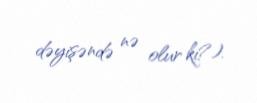
dəyişəndə nə olur ki?).